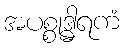
အပစ္စုဒ္ဓါရကံ